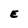
Character: E